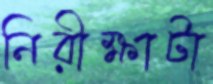
নিরীক্ষাটা